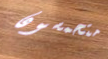
متحمسون